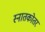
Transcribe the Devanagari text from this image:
स्‍नातकोतर